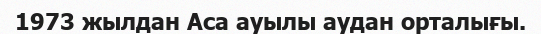
1973 жылдан Аса ауылы аудан орталығы.